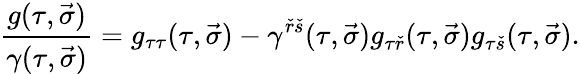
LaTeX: {\frac{g(\tau,\vec{\sigma})}{\gamma(\tau,\vec{\sigma})}}=g_{\tau\tau}(\tau,\vec{\sigma})-\gamma^{{\check{r}}{\check{s}}}(\tau,\vec{\sigma})g_{\tau{\check{r}}}(\tau,\vec{\sigma})g_{\tau{\check{s}}}(\tau,\vec{\sigma}).